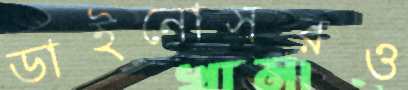
ডাইনোসরও